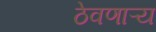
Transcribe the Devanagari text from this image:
ठेवणाऱ्य